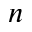
n